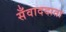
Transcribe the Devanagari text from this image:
सँवाददाता